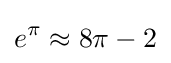
e^{\pi }\approx 8\pi -2